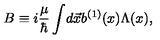
B \equiv i { \frac { \mu } { \hbar } } \int \! d \vec { x } b ^ { ( 1 ) } ( x ) \Lambda ( x ) ,